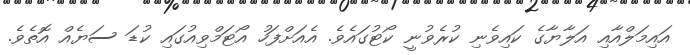
އައިމަލްއާއި އަލާޔާގެ ކައިވެނި ކުރެވުނީ ކޯޓުގައެވެ. އެއަށްފަހު އޯޓަމްވިއުގައި ކުޑަ ސަޔެއް އޮތެވެ.